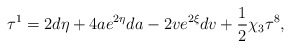
\begin{align*}{\bf\tau}^1=2d\eta +4ae^{2\eta}da-2ve^{2\xi}dv+\frac{1}{2}\chi_3{\bf\tau}^8,\end{align*}